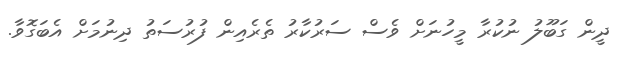
ދީން ގަބޫލު ނުކުރާ މީހުނަށް ވެސް ސަރުކާރު ތެރެއިން ފުރުސަތު ދިނުމަށް އެބަގޮވާ.